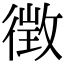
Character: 徴